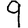
Digit: 9